Senior Leaving Certificate Examination (including Day School Certificate (Higher) General paper), 1948
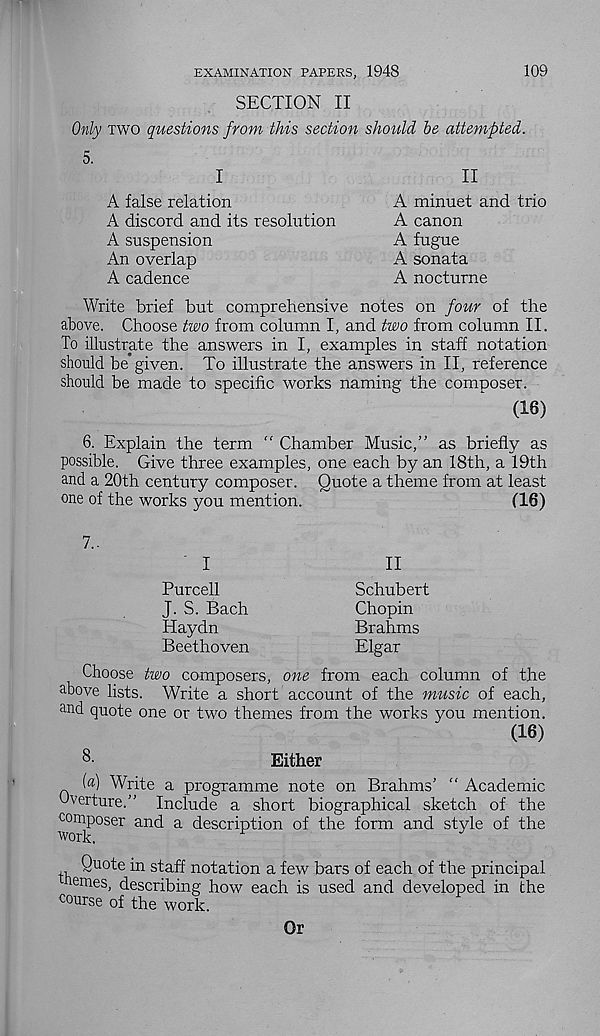
EXAMINATION PAPERS, 1948
109
SECTION II
Only two questions from this section should be attempted.
A false relation
A discord and its resolution
A suspension
An overlap
A cadence
A minuet and trio
A canon
A fugue
A sonata
A nocturne
Write brief but comprehensive notes on four of the
above. Choose two from column I, and two from column II.
To illustrate the answers in I, examples in staff notation
should be given. To illustrate the answers in II, reference
should be made to specific works naming the composer.
(16)
6. Explain the term “ Chamber Music,” as briefly as
possible. Give three examples, one each by an 18th, a 19th
and a 20th century composer. Quote a theme from at least
one of the works you mention.
(16)
7..
Purcell
J. S. Bach
Haydn
Beethoven
II
Schubert
Chopin
Brahms
Elgar
Choose two composers, one from each column of the
above lists. Write a short account of the music of each,
and quote one or two themes from the works you mention.
(16)
8-
Either
(a) Write a programme note on Brahms’ " Academic
overture.” Include a short biographical sketch of the
composer and a description of the form and style of the
work.
,, Q u°te in staff notation a few bars of each of the principal
nemes, describing how each is used and developed in the
course of the work.
Or